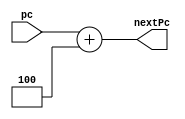
`timescale 1ns / 1ps
//////////////////////////////////////////////////////////////////////////////////
// Company: 
// Engineer: 
// 
// Design Name: 
// Module Name: pcAdder
// Project Name: 
// Target Devices: 
// Tool Versions: 
// Description: 
// 
// Dependencies: 
// 
// Revision:
// Revision 0.01 - File Created
// Additional Comments:
// 
//////////////////////////////////////////////////////////////////////////////////


module pcAdder(pc, nextPc);
    input [31:0] pc;
    output reg [31:0] nextPc;
    reg [31:0] increment = 32'd4;
    
    always @(*) begin
        nextPc <= pc + 32'b100;
    end
endmodule